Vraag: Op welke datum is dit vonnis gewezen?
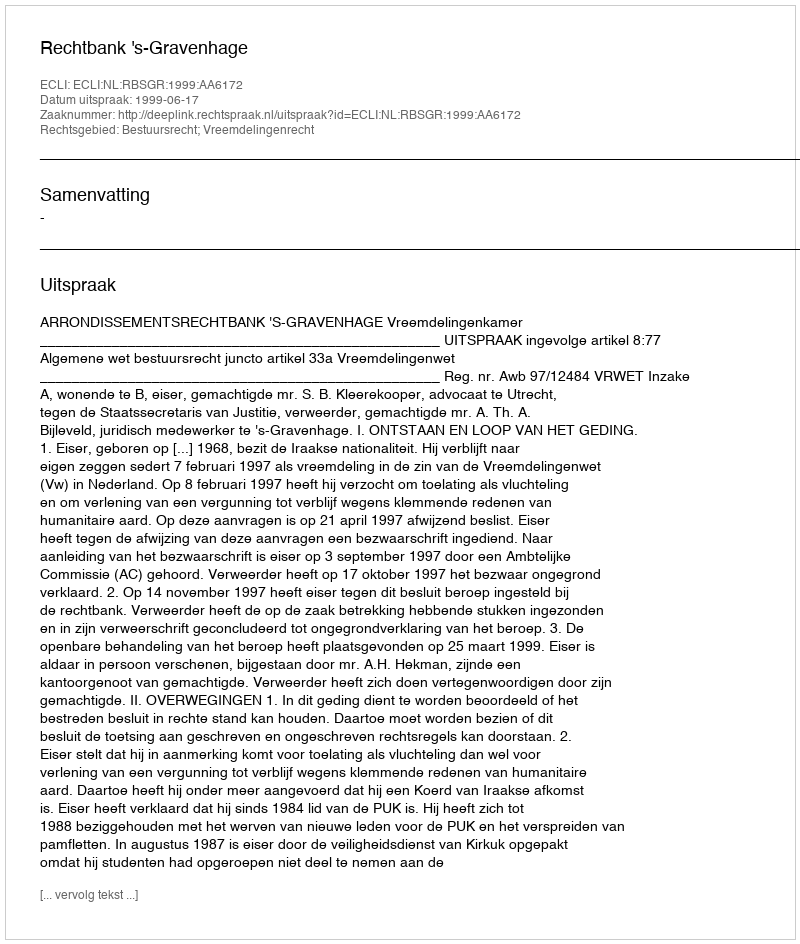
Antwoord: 1999-06-17